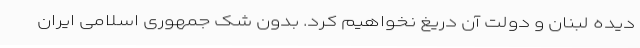
دیده لبنان و دولت آن دریغ نخواهیم کرد. بدون شک جمهوری اسلامی ایران